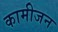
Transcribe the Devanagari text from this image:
कामीजन